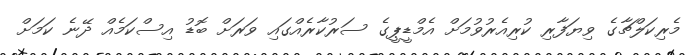
މެރިކަލްޗާގެ ވިޔަފާރި ކުރިއެރުވުމަށް އެމްޑީޕީގެ ސަރުކާރެއްގައި ވަރަށް ބޮޑު އިސްކަމެއް ދޭނެ ކަމަށް